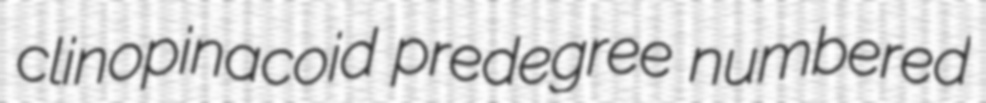
clinopinacoid predegree numbered